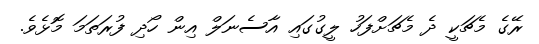
ރޭގެ މެޗަކީ ދެ މެޗަށްފަހު ލީގުގައި އާސެނަލް އިން ހޯދި ފުރަތަމަ މޮޅެވެ.